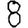
Digit: 8